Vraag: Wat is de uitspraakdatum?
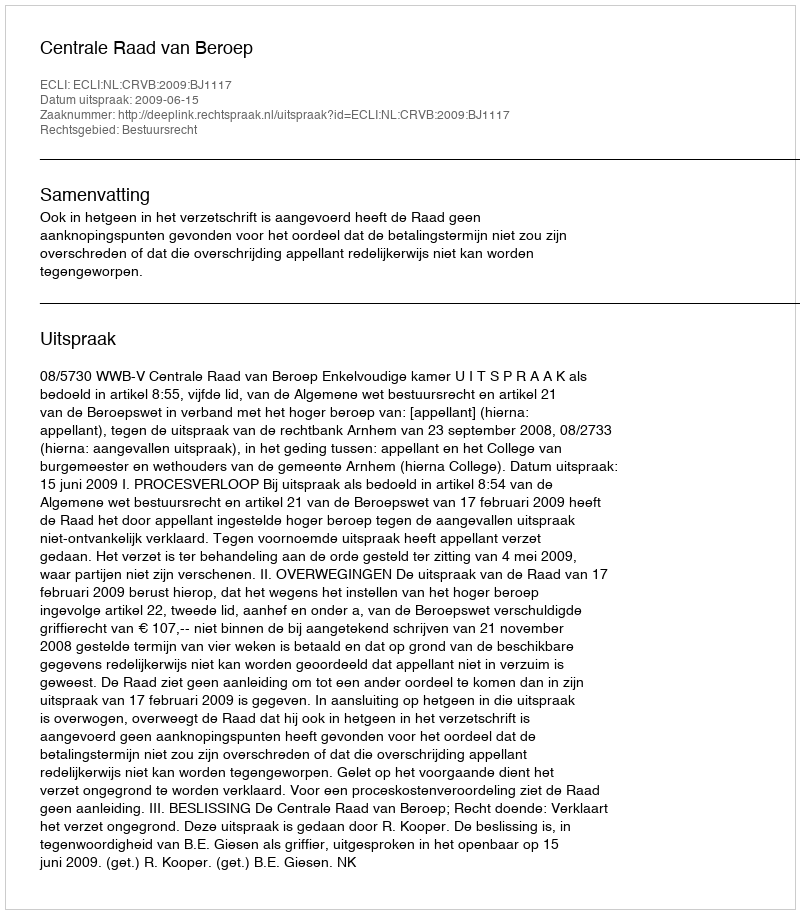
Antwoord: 2009-06-15